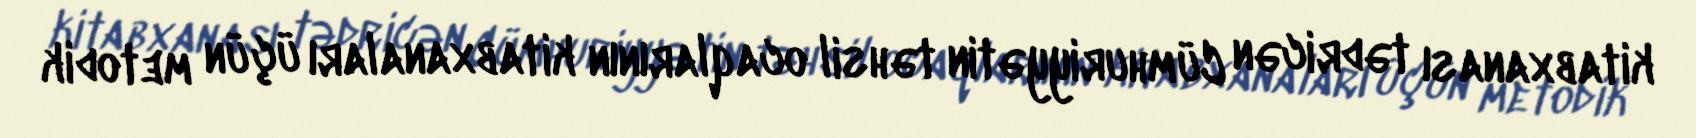
kitabxanası tədricən Cümhuriyyətin təhsil ocaqlarının kitabxanaları üçün metodik